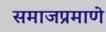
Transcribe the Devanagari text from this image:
समाजप्रमाणे